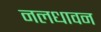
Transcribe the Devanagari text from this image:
नलधावन